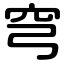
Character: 穹